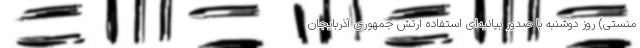
منستی) روز دوشنبه با صدور بیانیه‌ای استفاده ارتش جمهوری آذربایجان